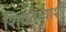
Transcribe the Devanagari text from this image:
शिवतत्त्वाशी